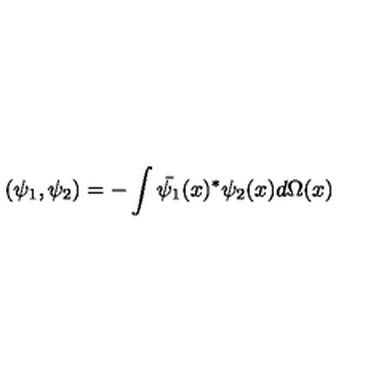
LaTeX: ( \psi _ { 1 } , \psi _ { 2 } ) = - \int \bar { \psi _ { 1 } } ( x ) ^ { * } \psi _ { 2 } ( x ) d \Omega ( x )